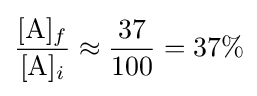
{\frac {[{\rm {A}}]_{f}}{[{\rm {A}}]_{i}}}\approx {\frac {37}{100}}=37\%